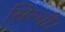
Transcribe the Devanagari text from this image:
सिन्धी।